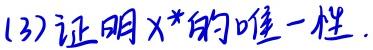
(13) 证明$X^{*}$的唯一性.